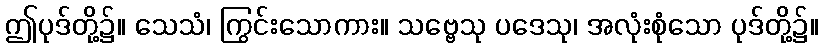
ဤပုဒ်တို့၌။ သေသံ၊ ကြွင်းသောကား။ သဗ္ဗေသု ပဒေသု၊ အလုံးစုံသော ပုဒ်တို့၌။